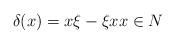
LaTeX: \begin{align*}\delta (x)=x\xi-\xi xx\in N\end{align*}